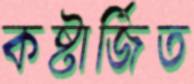
কষ্টার্জিত